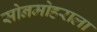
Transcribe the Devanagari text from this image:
सोनमोहराला